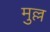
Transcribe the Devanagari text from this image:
मुल्ल